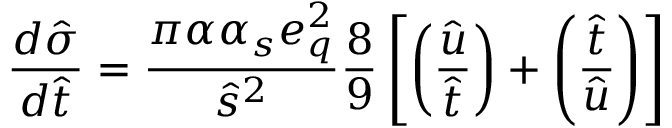
\frac { d \hat { \sigma } } { d \hat { t } } = \frac { \pi \alpha \alpha _ { s } e _ { q } ^ { 2 } } { \hat { s } ^ { 2 } } \frac { 8 } { 9 } \left[ \left( \frac { \hat { u } } { \hat { t } } \right) + \left( \frac { \hat { t } } { \hat { u } } \right) \right]